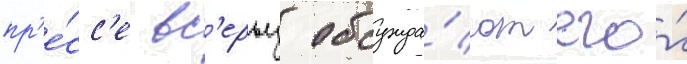
пр'е́сс'е вс'ерьез обсужда́ют его́